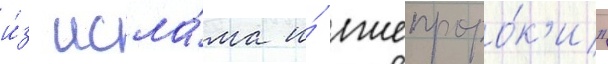
и́з исла́ма и́ лжепроро́к'и"